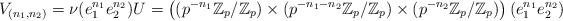
LaTeX: \begin{align*}V_{(n_1,n_2)} = \nu (e_1^{n_1}e_2^{n_2})U = \left( (p^{-n_1}\mathbb{Z}_p/\mathbb{Z}_p)\times (p^{-n_1-n_2}\mathbb{Z}_p / \mathbb{Z}_p) \times (p^{-n_2}\mathbb{Z}_p / \mathbb{Z}_p)\right)(e_1^{n_1}e_2^{n_2})\end{align*}